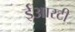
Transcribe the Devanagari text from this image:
ईआरटी